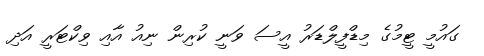
ގައުމީ ޓީމުގެ މިޑްފީލްޑަރު އީސަ ވަނީ ކުރިން ނިއު އާއި ވިކްޓަރީ އަދި